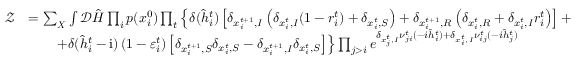
\begin{array} { r l } { \mathcal { Z } } & { = \sum _ { \boldsymbol { X } } \int \mathcal { D } \hat { \boldsymbol { H } } \prod _ { i } p ( x _ { i } ^ { 0 } ) \prod _ { t } \left\{ \delta ( \hat { h } _ { i } ^ { t } ) \left[ \delta _ { x _ { i } ^ { t + 1 } , I } \left( \delta _ { x _ { i } ^ { t } , I } ( 1 - r _ { i } ^ { t } ) + \delta _ { x _ { i } ^ { t } , S } \right) + \delta _ { x _ { i } ^ { t + 1 } , R } \left( \delta _ { x _ { i } ^ { t } , R } + \delta _ { x _ { i } ^ { t } , I } r _ { i } ^ { t } \right) \right] + \right. } \\ & { \qquad \left. + \delta ( \hat { h } _ { i } ^ { t } - \mathrm { i } ) \left( 1 - \varepsilon _ { i } ^ { t } \right) \left[ \delta _ { x _ { i } ^ { t + 1 } , S } \delta _ { x _ { i } ^ { t } , S } - \delta _ { x _ { i } ^ { t + 1 } , I } \delta _ { x _ { i } ^ { t } , S } \right] \right\} \prod _ { j > i } e ^ { \delta _ { x _ { j } ^ { t } , I } \nu _ { j i } ^ { t } ( - i \hat { h } _ { i } ^ { t } ) + \delta _ { x _ { i } ^ { t } , I } \nu _ { i j } ^ { t } ( - i \hat { h } _ { j } ^ { t } ) } } \end{array}